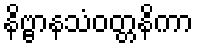
နိဗ္ဗာနသံဝတ္တနိကာ